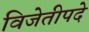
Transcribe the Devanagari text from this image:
विजेतीपदे